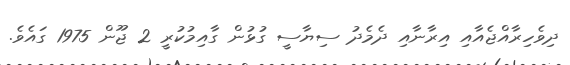
ދިވެހިރާއްޖެއާއި އިރާނާއި ދެމެދު ސިޔާސީ ގުޅުން ގާއިމުކުރީ 2 ޖޫން 1975 ގައެވެ.